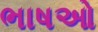
ભાષઓ